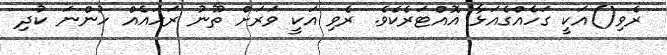
ރެވި()އަކީ ގަހެއްގެއަޅާ އޮއްޓަރެކެވެ. ރެވި އަކީ ވަރަށް ތޫނު ރަހައެއް ހުންނަ ކުދި